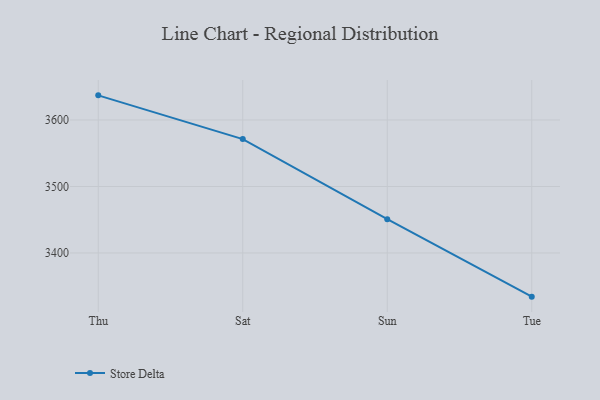
{"axis": {"x": "Day", "y": "Market Share (%)"}, "legend": ["Store Delta"], "data": [{"x": "Thu", "y": 3637.1, "type": "Store Delta"}, {"x": "Sat", "y": 3571.3, "type": "Store Delta"}, {"x": "Sun", "y": 3450.9, "type": "Store Delta"}, {"x": "Tue", "y": 3334.3, "type": "Store Delta"}]}